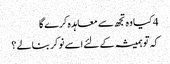
4 کیا وہ تجھ سے معاہدہ کرے گا
کہ تو ہمیشہ کے لئے اسے نوکر بنالے ؟